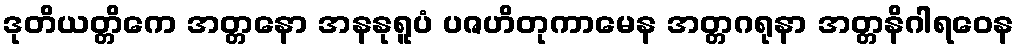
ဒုတိယတ္တိကေ အတ္တနော အနနုရူပံ ပဇဟိတုကာမေန အတ္တဂရုနာ အတ္တနိဂါရဝေန